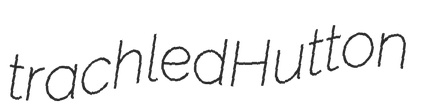
trachled Hutton